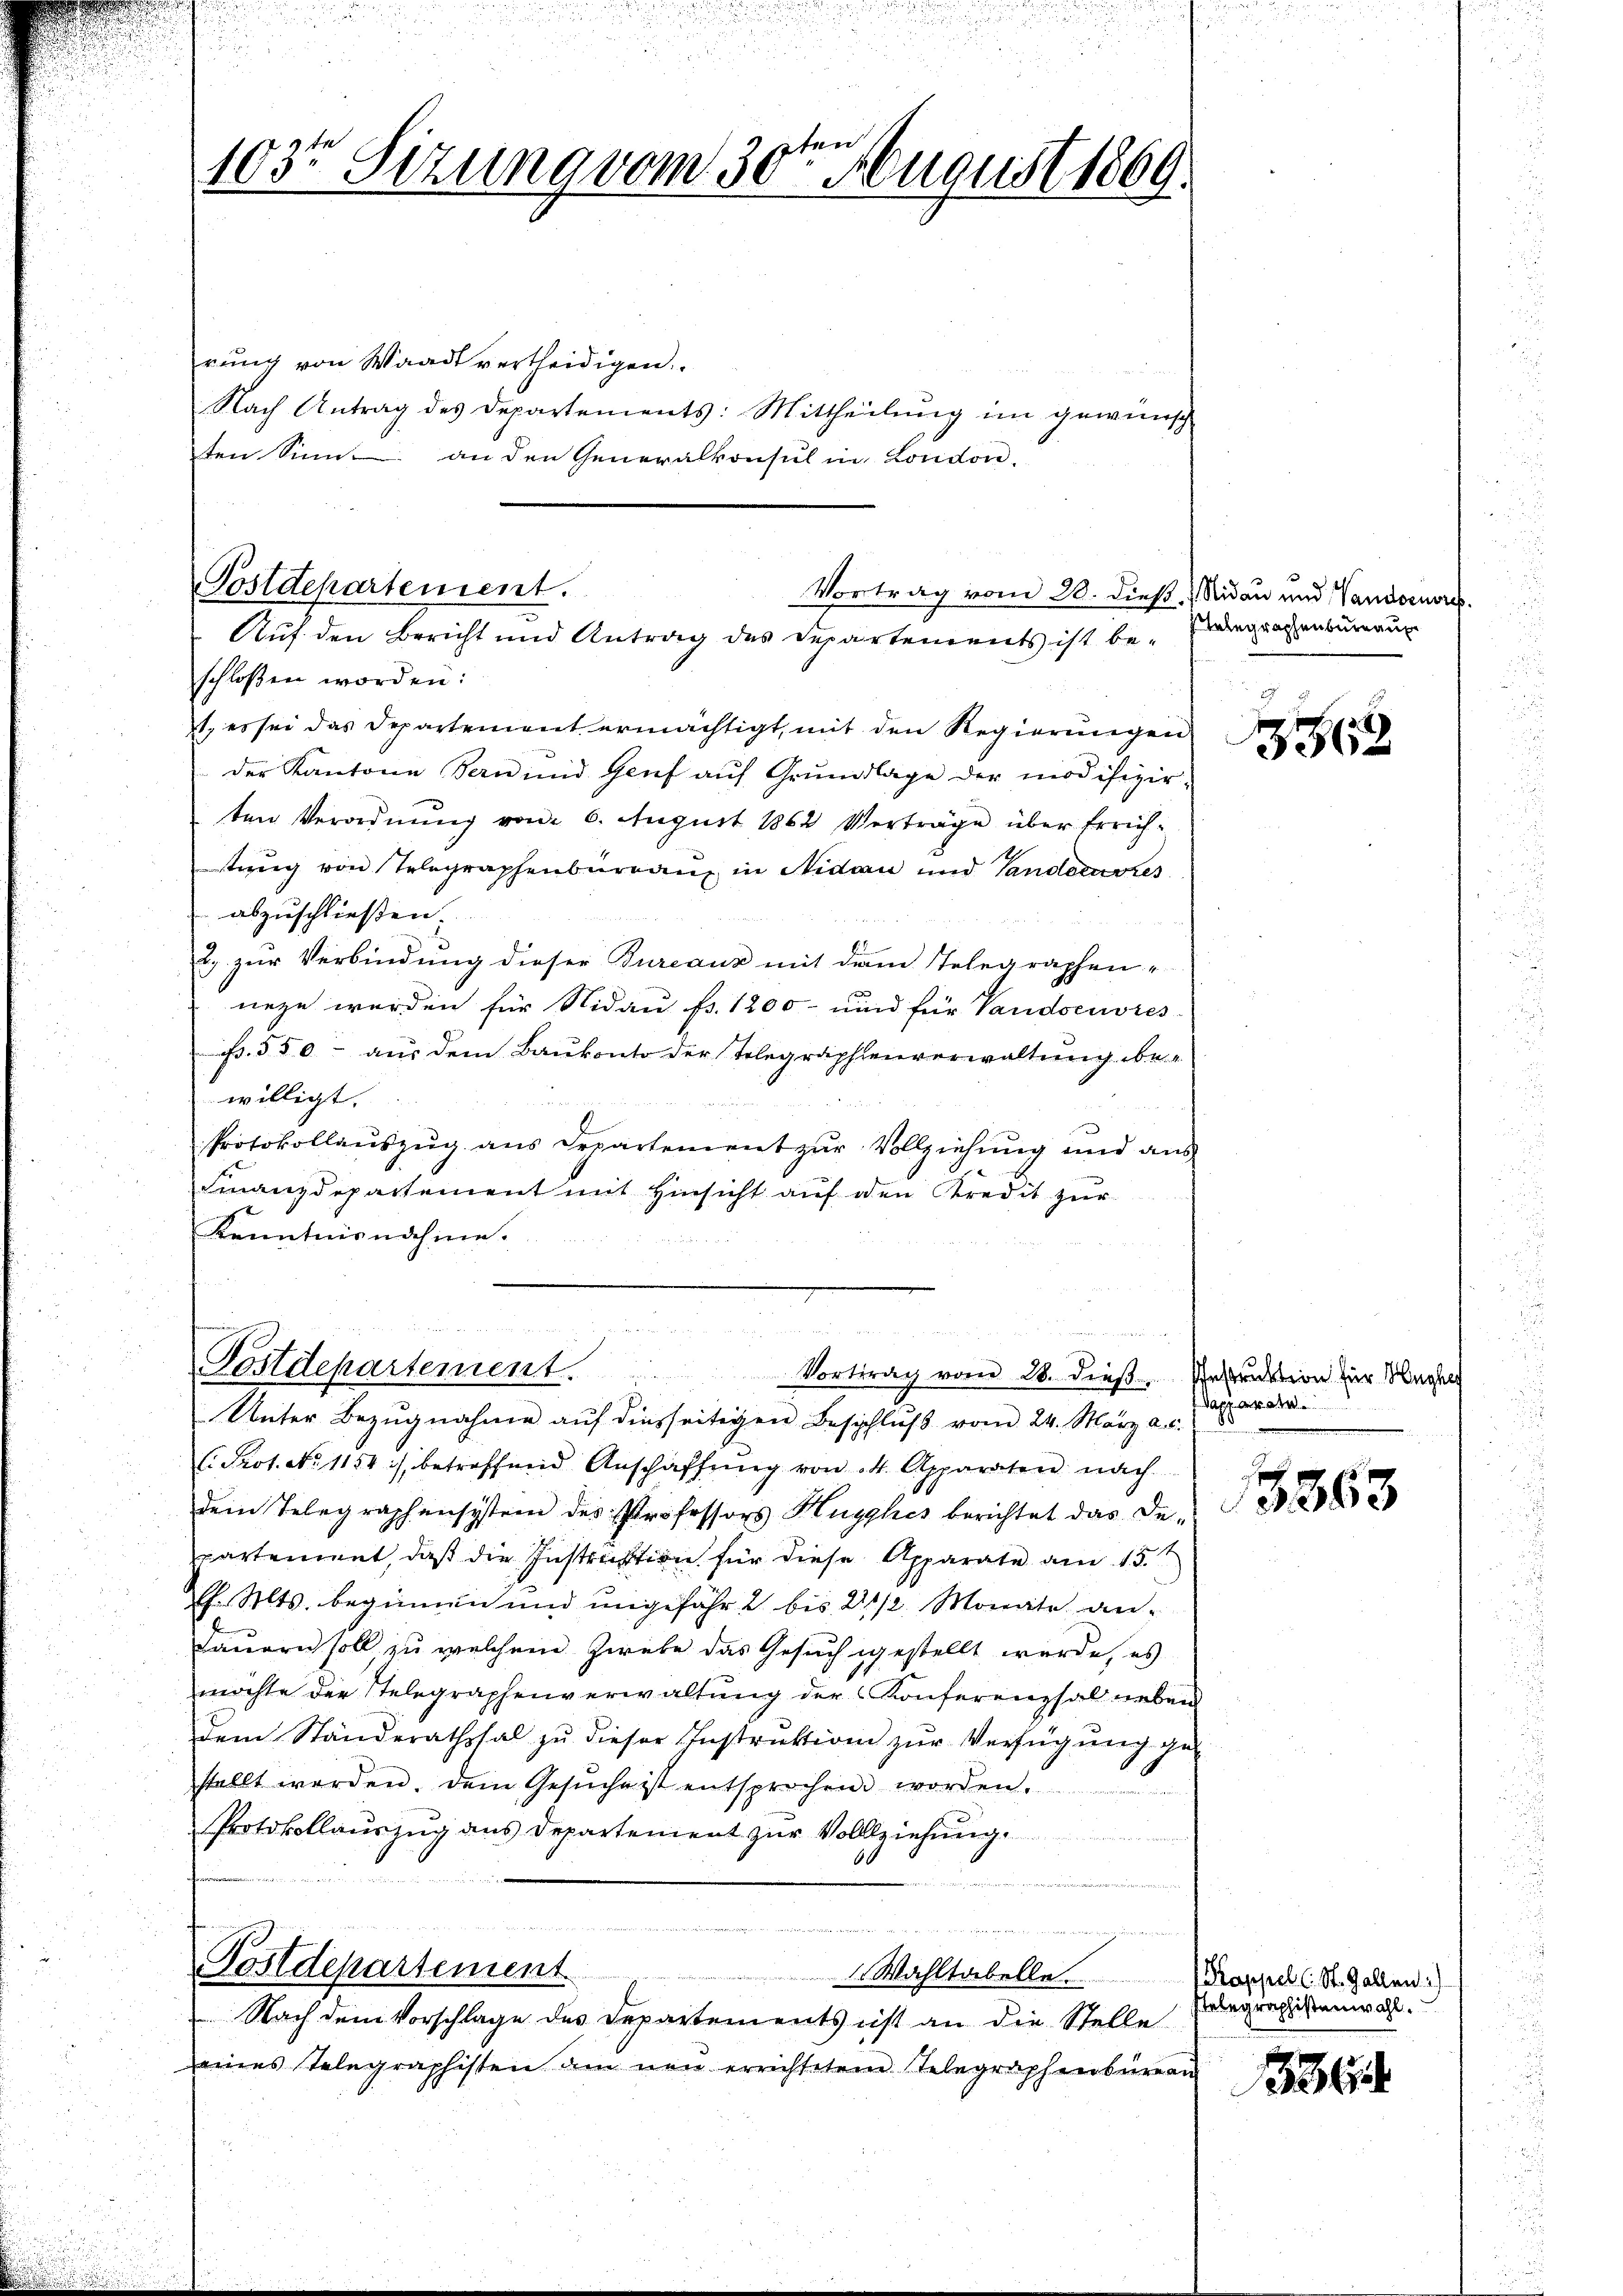
e
103te Sitzung vom 30. August 1869.

rŭng von Waadt vertheidigen.
Nach Antrag des Departements: Mittheilung im gewünsch
ten Sinne an den Generalkonsul in London.

Postdepartement.
Vortrag vom 20. dieß, Nidau und Vandoeuvres
Auf den Bericht und Antrag des Departements ist be¬

Postdepartement
Vortrag vom 28. dieß. Instruktion für Kuche

schloßen worden:
t, es sei das Departement ermächtigt, mit den Regierungen
der Kantone Bern und Genf aŭf Grŭndlage der modifizier-
ten Verordnung vom 6. August 1862 Verträge über Errichstung von Telegraphenberganz in Nidau und Tandocares
abzuschließen.
2. zur Verbindung dieser Bureaux mit dem Telegraphen-
neze werden für Nidau fs. 1200 und für Vandoeuvres
B. 550 - aus dem Baukonto der Telegraphenverwaltung bewilligt.
Protokollauszug aus Departement zur Vollziehung und aus
Finanzdepartement mit Hinsicht auf den Kredit zur
Kenntnisnahme.

Unter Bezugnahme auf diesseitigen Beschluß vom 24. März a. c.
( Prot. No 1154), betreffend Anschaffŭng von 14. Apparaten nach
dem Telegraphensystem des Professors Hugghes berichtet das De-
partement, daß die Instruktion für diese Apparate am 15.t
l. Mts. beginnen und ungefähr 2 bis 21/2. Monate andauern soll, zu welchem Zwebe das Gesuch gestellt werde, es
möchte der Stelegraphenverwaltung der Konferenzsal neben
dem Standerathssal zŭ dieser Instruktion zŭr Verfügung ge
stellt werden, dem Gesŭche ist entsprochen worden.
Protokollauszug aus Departement zur Vollziehung.
 . den
e
e
Postdepartement
1 Wahltabelle Proppell. St. Gallen)
Nach dem Vorschlage des Departements ist an die Stelle
eines Telegraphisten am neu errichtetem Telegraphenbüreau

Telegraphenbureau

3862

Apparate

g
3863

Telegraphistenwahl.

336